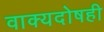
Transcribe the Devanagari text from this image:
वाक्यदोषही